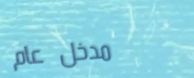
مدخل عام